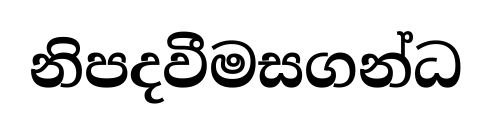
නිපදවීමසගන්ධ